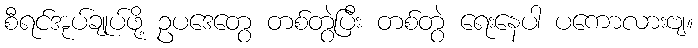
စီရင်အုပ်ချုပ်ဖို့ ဥပဒေတွေ တစ်တွဲပြီး တစ်တွဲ ရေးနေပါ ပကောလားဗျ။